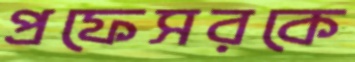
প্রফেসরকে